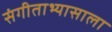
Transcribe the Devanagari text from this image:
संगीताभ्यासाला